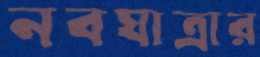
নবযাত্রার